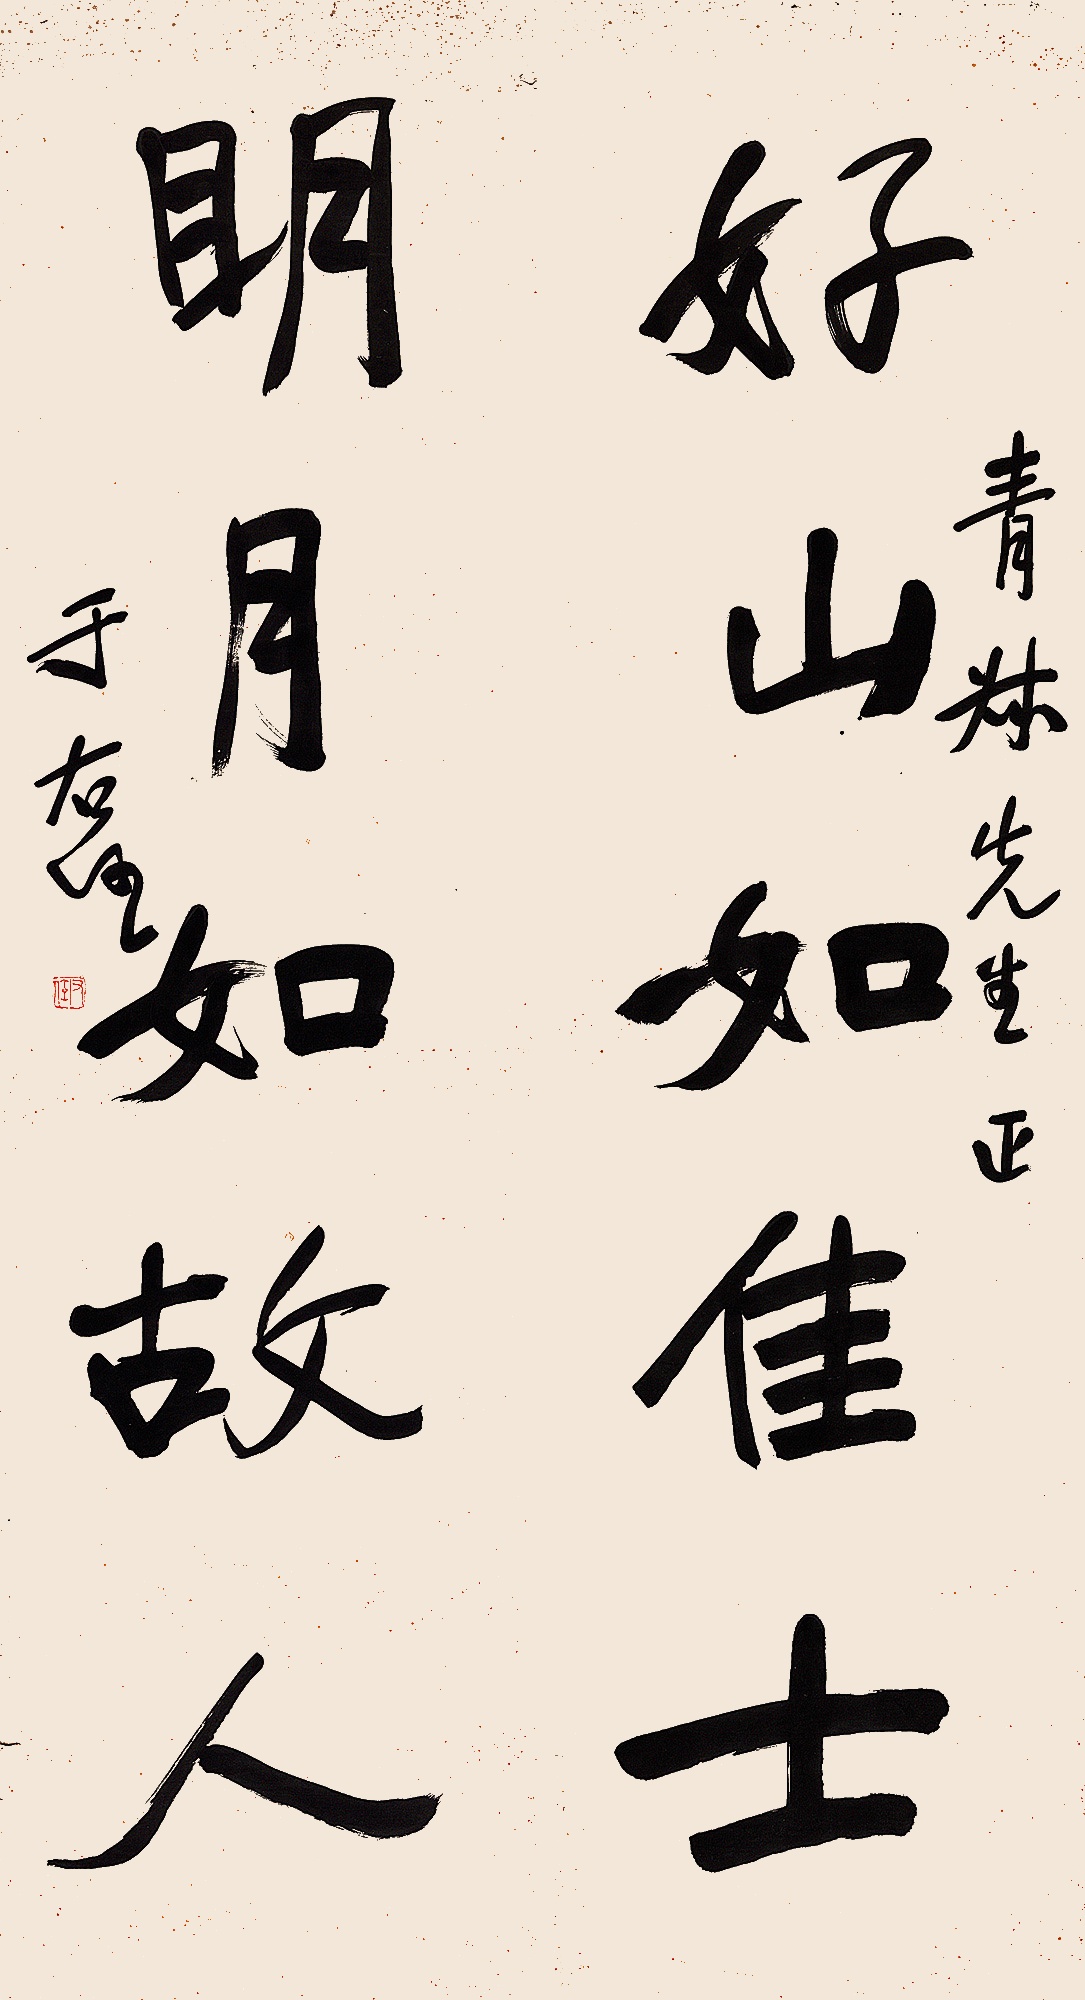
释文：好山如佳士，明月如故人。青叔先生正。于右任。